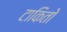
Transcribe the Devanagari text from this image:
टाकितो